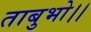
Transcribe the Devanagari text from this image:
ताबुभो।।